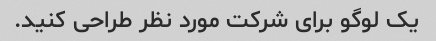
یک لوگو برای شرکت مورد نظر طراحی کنید.